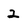
Character: 2